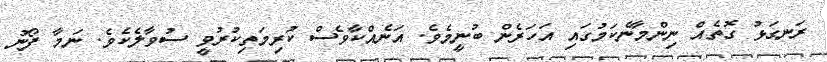
ރަނގަޅު ގޮތެއް ނިންމާނެކަމުގައި އަހަރެން ބުނީމެވެ. އަނެއްކާވެސް ކުރިމަތިކުރުވީ ސުވާލެކެވެ. ނަމާ ފޯނު